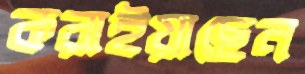
করাইয়াছেন